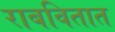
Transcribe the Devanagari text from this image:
राबवितात